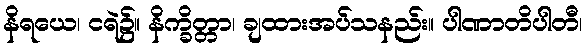
နိရယေ၊ ငရဲ၌။ နိက္ခိတ္တာ၊ ချထားအပ်သနည်း။ ပါဏာတိပါတီ၊